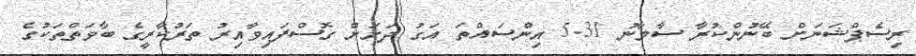
ރިސެޕްޝަނަށް ބޭނުންކުރާ ސާމާނު 5.31 އިންސައްތަ އަގު ދަށަށް ގޮސްފައިވާއިރު ތަރުކާރީގެ ބާވަތްތަކުގެ